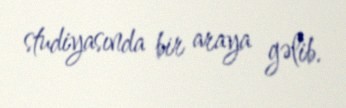
studiyasında bir araya gəlib.